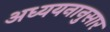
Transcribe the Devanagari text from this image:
अध्ययनानुसार